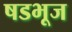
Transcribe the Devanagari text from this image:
षडभूज